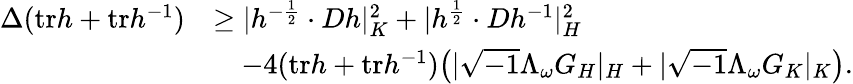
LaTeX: \begin{array}{rl}{\Delta(\mathrm{tr}h+\mathrm{tr}h^{-1})}&{\geq|h^{-\frac{1}{2}}\cdot Dh|_{K}^{2}+|h^{\frac{1}{2}}\cdot Dh^{-1}|_{H}^{2}}\\ &{\quad-4(\mathrm{tr}h+\mathrm{tr}h^{-1})\big(|\sqrt{-1}\Lambda_{\omega}G_{H}|_{H}+|\sqrt{-1}\Lambda_{\omega}G_{K}|_{K}\big).}\end{array}